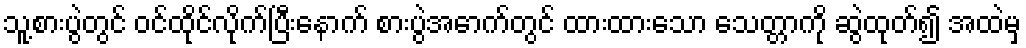
သူ့စားပွဲတွင် ဝင်ထိုင်လိုက်ပြီးနောက် စားပွဲအောက်တွင် ထားထားသော သေတ္တာကို ဆွဲထုတ်၍ အထဲမှ